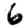
Digit: 6